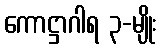
ကောဋ္ဌာဂါရ ၃-မျိုး